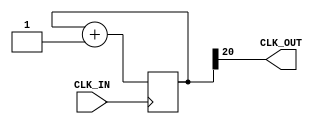
module clk_down(
    input CLK_IN,
    output CLK_OUT
);
    reg[20:0] count = 21'b0;
    always @(posedge CLK_IN) begin
        count <= count + 1;
    end

    assign CLK_OUT = count[20];
endmodule